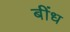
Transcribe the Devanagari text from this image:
बींध